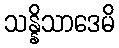
သန္နိသာဒေမိ